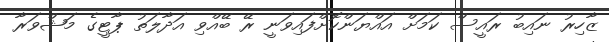
ޒާހިރު ނައިބު ރައީސް ކަމަށް އައްޔަންކޮށްފައިވަނީ ރޭ ބޭއްވި އަދާލަތު ޕާޓީގެ މަޝްވަރާ